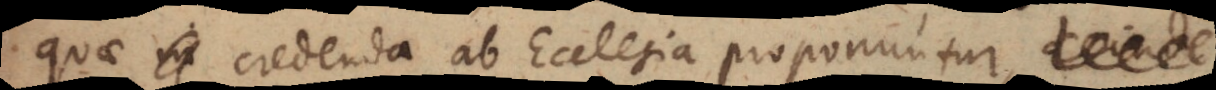
quae credenda ab Ecclesia proponuntur,